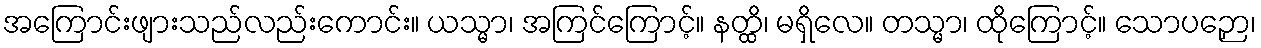
အကြောင်းဖျားသည်လည်းကောင်း။ ယသ္မာ၊ အကြင်ကြောင့်။ နတ္ထိ၊ မရှိလေ။ တသ္မာ၊ ထိုကြောင့်။ သောပဉှော၊